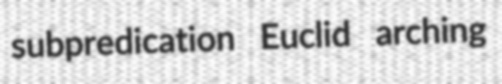
subpredication Euclid arching